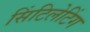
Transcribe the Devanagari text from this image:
सिंटिलेटिंग